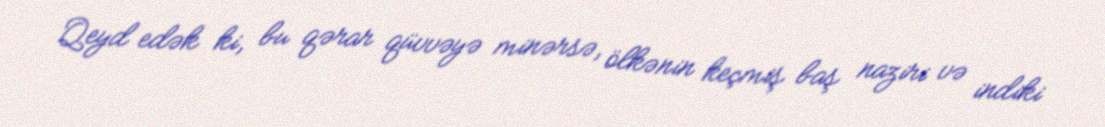
Qeyd edək ki, bu qərar qüvvəyə minərsə, ölkənin keçmiş baş naziri və indiki